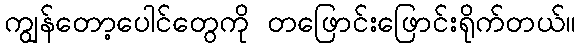
ကျွန်တော့ပေါင်တွေကို တဖြောင်းဖြောင်းရိုက်တယ်။